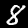
Digit: 8